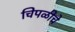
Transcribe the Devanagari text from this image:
चिपळीचे